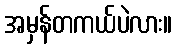
အမှန်တကယ်ပဲလား။